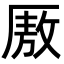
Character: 厫